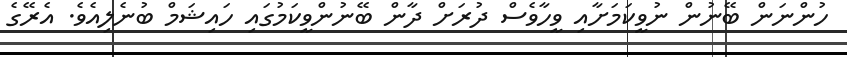
ހުންނަން ބޭނުން ނުވީކަމަށާއި ވީހާވެސް ދުރަށް ދާން ބޭނުންވީކަމުގައި ހައިޝަމް ބުނެލިއެވެ. އެރޭގެ